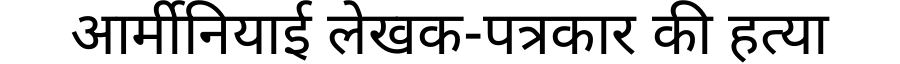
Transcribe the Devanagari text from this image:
आर्मीनियाई लेखक-पत्रकार की हत्या